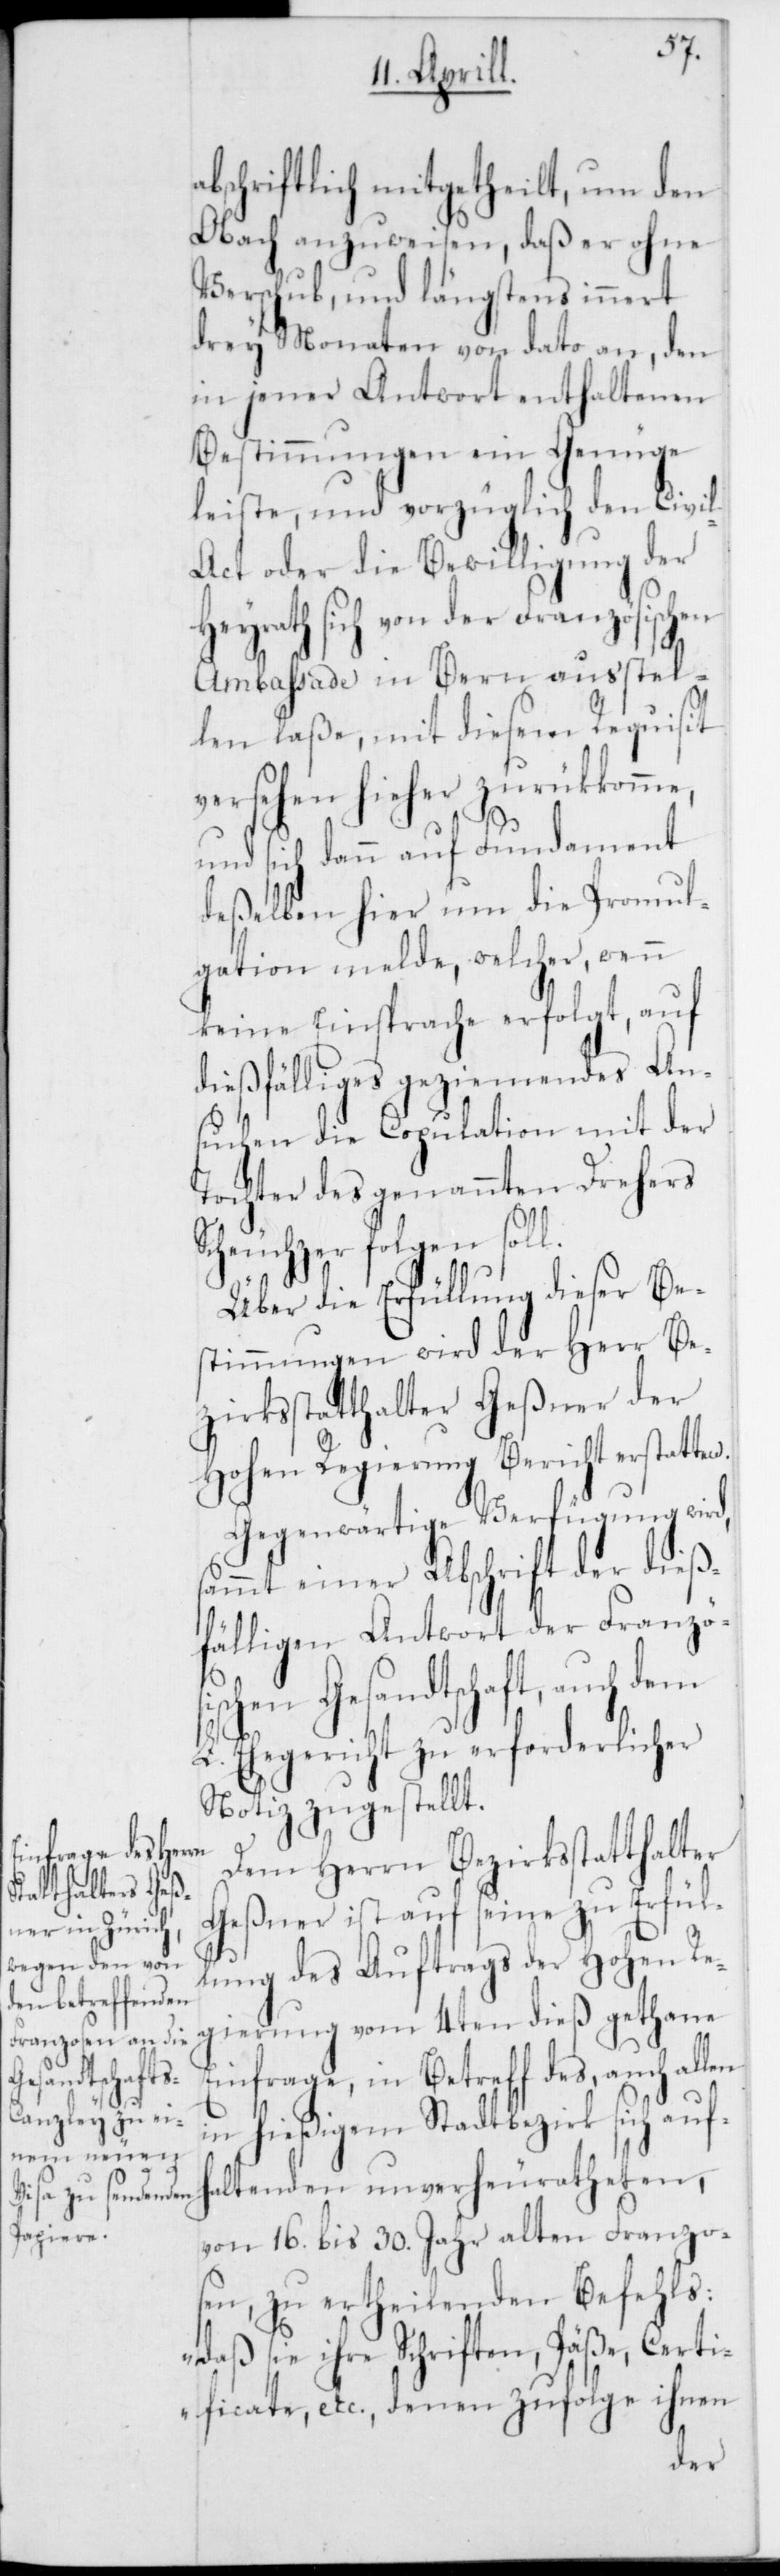
S¬
abschriftlich mitgetheilt, um den
Obach anzuweisen, daß er ohne
Verschub und längstens innert
drey Monaten von dato an, den
in jener Antwort enthaltenen
Bestimmungen ein Genüge
leiste, und vorzüglich den Civi¬
l-Act oder die Bewilligung der
Heyrath sich von der Französischen
Ambassade in Bern ausstel¬
len laße, mit diesem Requisit
versehen hieher zurückkomme,
und sich dann auf Fundament
deßelben hier um die Promul¬
gation melde, welcher, wenn
keine Einsprache erfolgt, auf
dießfälliges geziemendes An¬
suchen die Copulation mit der
Tochter des genannten Drehers
cheuchzer folgen soll.
Über die Erfüllung dieser Be¬
stimmungen wird der Herr Be¬
zirksstatthalter Geßner der
Hohen Regierung Bericht erstatten.
Gegenwärtige Verfügung wird,
sammt einer Abschrift der dieß¬
fälligen Antwort der Französi¬
schen Gesandtschaft, auch dem
L. Ehegericht zu erforderlicher
Notiz zugestellt.
Dem Herrn Bezirksstatthalter
Geßner ist auf seine zu Erfül¬
lung des Auftrags der Hohen Re¬
gierung vom 4ten dieß gethane
Einfrage, in Betreff des, auch allen
in hießigem Stadtbezirk sich aufh¬
altenden unverheuratheten,
von 16. bis 30. Jahr alten Franzo¬
sen, zu ertheilenden Befehls:
„daß sie ihre Schriften, Päße, Certi¬
ficate, etc., denen zufolge ihnen